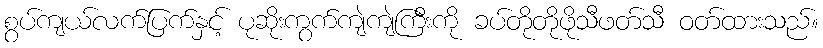
စွပ်ကျယ်လက်ပြက်နှင့် ပုဆိုးကွက်ကျဲကျဲကြီးကို ခပ်တိုတိုဖိုသီဖတ်သီ ဝတ်ထားသည်။